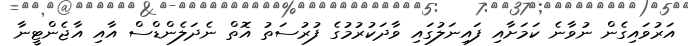
އަރުވައިގެން ނުވާނެ ކަމަށާއި ފައިނަލުގައި ވާދަކުރުމުގެ ފުރުސަތު އޮތް ނެދަލެންޑްސް އާއި އާޖެންޓީނާ